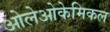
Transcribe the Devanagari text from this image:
ओलेओकेमिकल